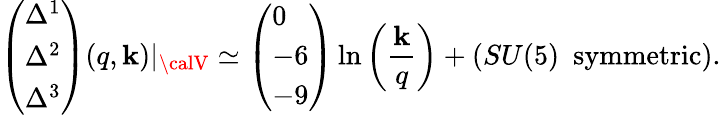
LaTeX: \left(\begin{array}{l}{{\Delta^{1}}}\\ {{\Delta^{2}}}\\ {{\Delta^{3}}}\end{array}\right)(q,\mathbf{k})|_{\calV}\simeq\left(\begin{array}{l}{{0}}\\ {{-6}}\\ {{-9}}\end{array}\right)\ln\left(\frac{{\mathbf{k}}}{{q}}\right)+(SU(5)\, \, \, \mathrm{{symmetric}}).